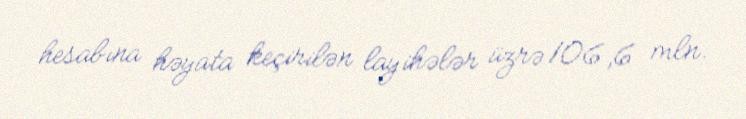
hesabına həyata keçirilən layihələr üzrə 106,6 mln.